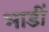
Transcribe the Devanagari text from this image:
भाडीं